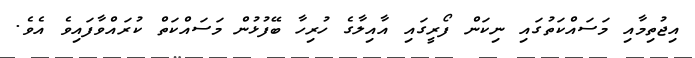
އިޖުތިމާއި މަސައްކަތުގައި ނިކަން ފޯރީގައި އާއިލާގެ ހުރިހާ ބޭފުޅުން މަސައްކަތް ކުރައްވާފައިވެ އެވެ.